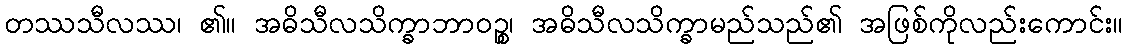
တဿသီလဿ၊ ၏။ အဓိသီလသိက္ခာဘာဝဉ္စ၊ အဓိသီလသိက္ခာမည်သည်၏ အဖြစ်ကိုလည်းကောင်း။